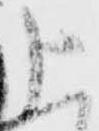
上